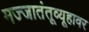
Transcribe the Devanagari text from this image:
मज्जातंतूव्यूहावर